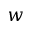
w